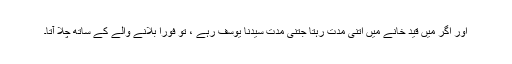
اور اگر میں قید خانے میں اتنی مدت رہتا جتنی مدت سیدنا یوسفؑ رہے ، تو فوراً بلانے والے کے ساتھ چلا آتا۔